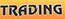
trading